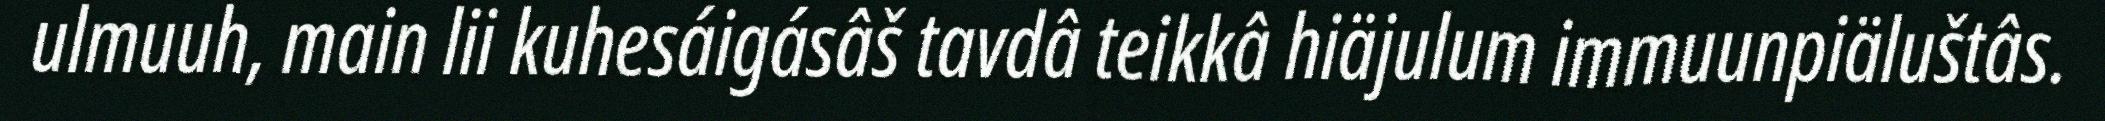
ulmuuh, main lii kuhesáigásâš tavdâ teikkâ hiäjulum immuunpiäluštâs.